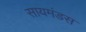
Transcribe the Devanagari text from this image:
सायमंडस